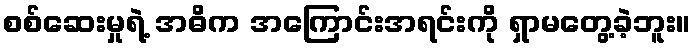
စစ်ဆေးမှုရဲ့ အဓိက အကြောင်းအရင်းကို ရှာမတွေ့ခဲ့ဘူး။